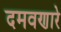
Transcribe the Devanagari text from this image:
दमवणारे